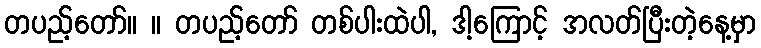
တပည့်တော်။ ။ တပည့်တော် တစ်ပါးထဲပါ, ဒါ့ကြောင့် အလတ်ပြီးတဲ့နေ့မှာ